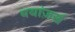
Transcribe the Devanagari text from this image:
बयांज़र्ख